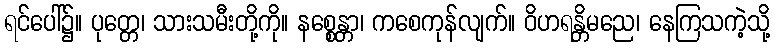
ရင်ပေါ်၌။ ပုတ္တေ၊ သားသမီးတို့ကို။ နစ္စေန္တာ၊ ကစေကုန်လျက်။ ဝိဟရန္တိမညေ၊ နေကြသကဲ့သို့